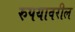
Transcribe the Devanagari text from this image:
रुपयावरील